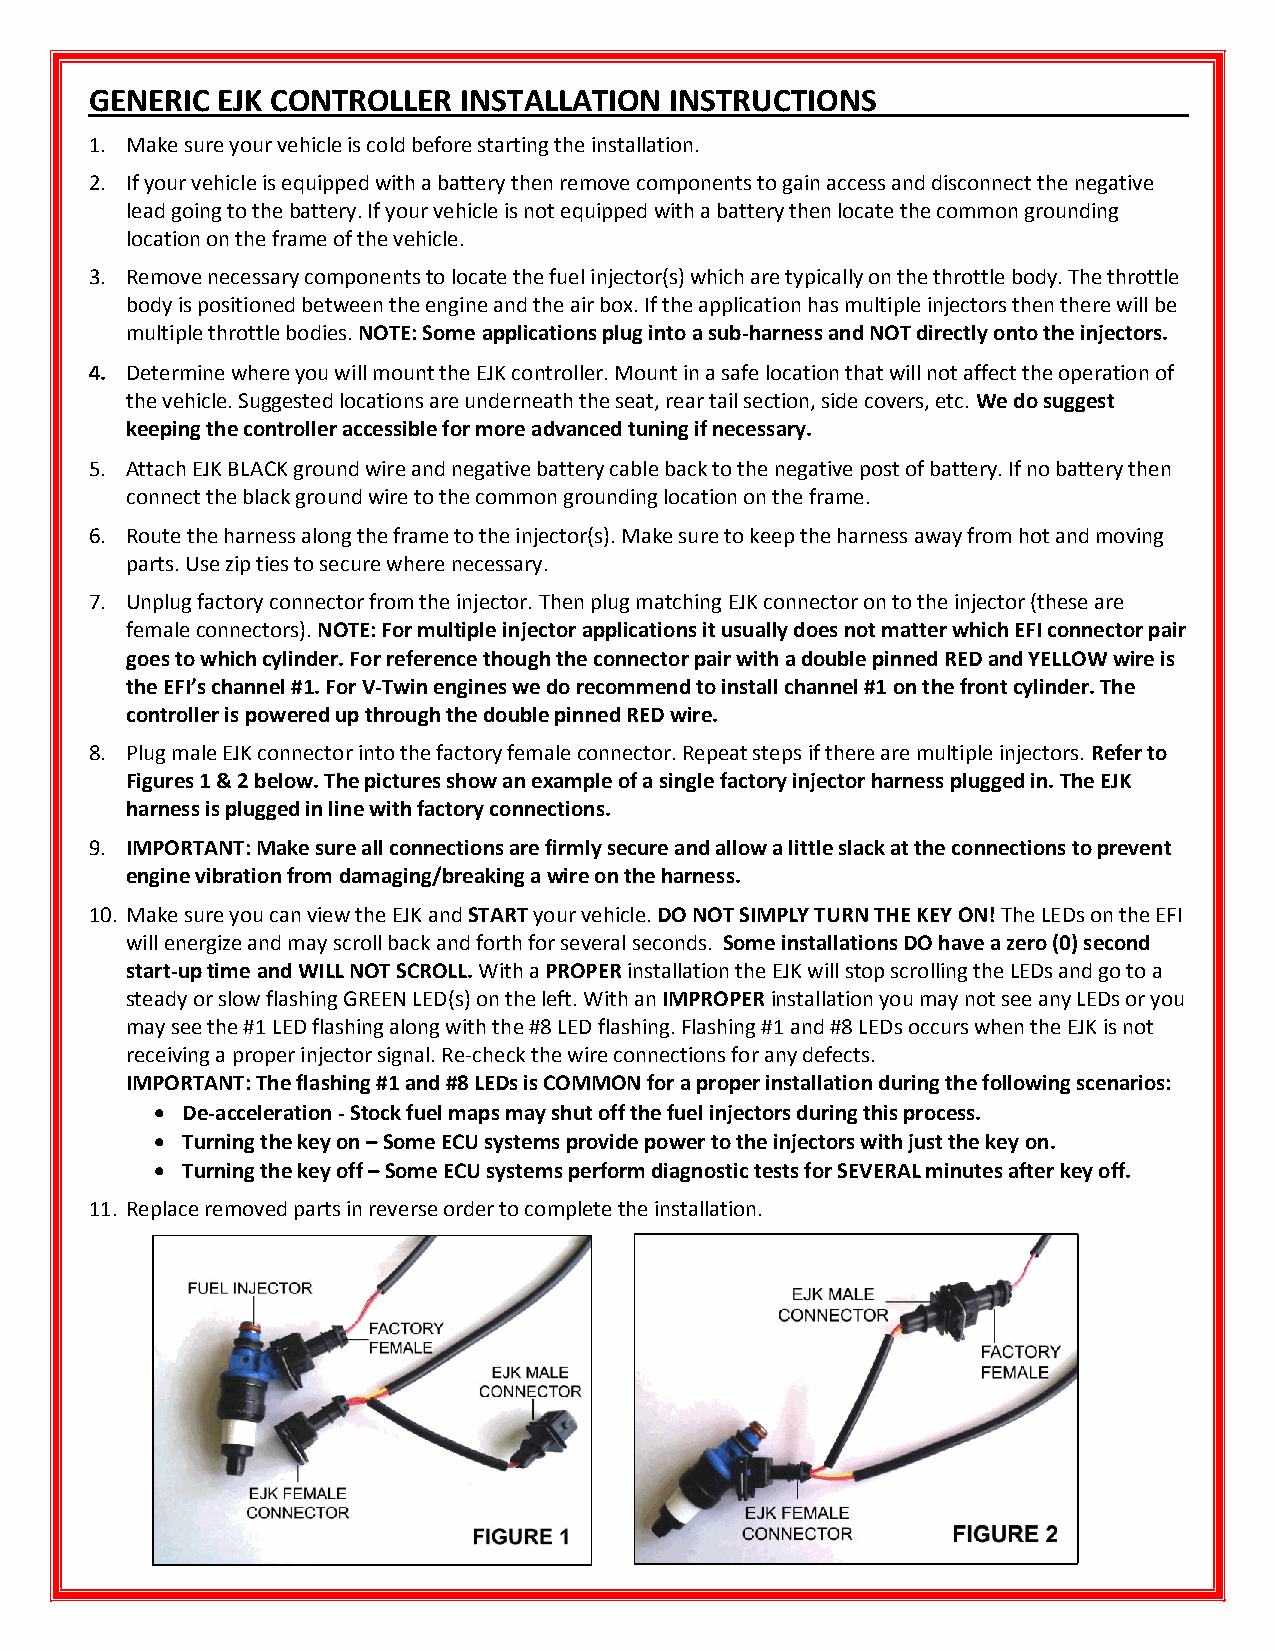
GENERIC EJK CONTROLLER  INSTALLATION  INSTRUCTIONS                   ___
 1. Make sure your vehicle is cold before starting the installation.
 2. If your vehicle is equipped with a battery then remove components to gain access and disconnect the negative
 lead going to the battery. If your vehicle is not equipped with a battery then locate the common grounding
 location on the frame of the vehicle.
 3. Remove necessary components to locate the fuel injector(s) which are typically on the throttle body. The throttle
 body is positioned between the engine and the air box. If the application has multiple injectors then there will be
 multiple throttle bodies. NOTE: Some applications plug into a sub-harness and NOT directly onto the injectors.
 4. Determine where you will mount the EJK controller. Mount in a safe location that will not affect the operation of
 the vehicle. Suggested locations are underneath the seat, rear tail section, side covers, etc. We do suggest
 keeping the controller accessible for more advanced tuning if necessary.
 5. Attach EJK BLACK ground wire and negative battery cable back to the negative post of battery. If no battery then
 connect the black ground wire to the common grounding location on the frame.
 6. Route the harness along the frame to the injector(s). Make sure to keep the harness away from hot and moving
 parts. Use zip ties to secure where necessary.
 7. Unplug factory connector from the injector. Then plug matching EJK connector on to the injector (these are
 female connectors). NOTE: For multiple injector applications it usually does not matter which EFI connector pair
 goes to which cylinder. For reference though the connector pair with a double pinned RED and YELLOW wire is
 the EFI’s channel #1. For V-Twin engines we do recommend to install channel #1 on the front cylinder. The
 controller is powered up through the double pinned RED wire.
 8. Plug male EJK connector into the factory female connector. Repeat steps if there are multiple injectors. Refer to
 Figures 1 & 2 below. The pictures show an example of a single factory injector harness plugged in. The EJK
 harness is plugged in line with factory connections.
 9. IMPORTANT: Make sure all connections are firmly secure and allow a little slack at the connections to prevent
 engine vibration from damaging/breaking a wire on the harness.
 10. Make sure you can view the EJK and START your vehicle. DO NOT SIMPLY TURN THE KEY ON! The LEDs on the EFI
 will energize and may scroll back and forth for several seconds. Some installations DO have a zero (0) second
 start-up time and WILL NOT SCROLL. With a PROPER installation the EJK will stop scrolling the LEDs and go to a
 steady or slow flashing GREEN LED(s) on the left. With an IMPROPER installation you may not see any LEDs or you
 may see the #1 LED flashing along with the #8 LED flashing. Flashing #1 and #8 LEDs occurs when the EJK is not
 receiving a proper injector signal. Re-check the wire connections for any defects.
 IMPORTANT: The flashing #1 and #8 LEDs is COMMON for a proper installation during the following scenarios:
  De-acceleration - Stock fuel maps may shut off the fuel injectors during this process.
  Turning the key on – Some ECU systems provide power to the injectors with just the key on.
  Turning the key off – Some ECU systems perform diagnostic tests for SEVERAL minutes after key off.
 11. Replace removed parts in reverse order to complete the installation.